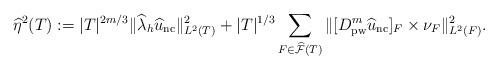
LaTeX: \begin{align*}\widehat{\eta}^2(T) := |T|^{2{m}/3}\Vert \widehat{\lambda}_h \widehat{u}_{\mathrm{nc}} \Vert^2_{L^2(T)}+|T|^{1/3}\sum_{F\in\widehat{\mathcal{F}}(T)}\Vert [{D}^{m}_{\mathrm{pw}} \widehat{u}_{\mathrm{nc}}]_F\times \nu_F\Vert^2_{L^2(F)}. \end{align*}